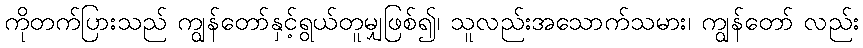
ကိုတက်ပြားသည် ကျွန်တော်နှင့်ရွယ်တူမျှဖြစ်၍၊ သူလည်းအသောက်သမား၊ ကျွန်တော် လည်း